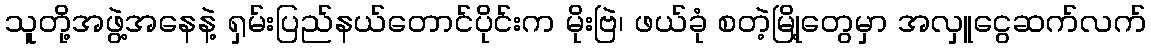
သူတို့အဖွဲ့အနေနဲ့ ရှမ်းပြည်နယ်တောင်ပိုင်းက မိုးဗြဲ၊ ဖယ်ခုံ စတဲ့မြို့တွေမှာ အလှူငွေဆက်လက်